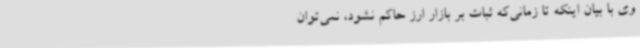
وی با بیان اینکه تا زمانی‌که ثبات بر بازار ارز حاکم نشود، نمی‌توان